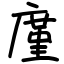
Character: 廑